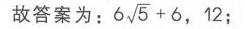
故答案为：\(6\sqrt{5} + 6\)，\(12\)；